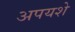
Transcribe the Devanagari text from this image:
अपयशे